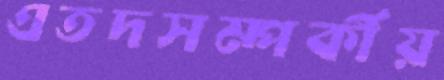
এতদসম্পর্কীয়